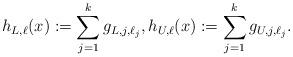
LaTeX: \begin{align*}h_{L,\ell}(x) := \sum_{j=1}^k g_{L,j,\ell_j}, h_{U,\ell}(x) := \sum_{j=1}^k g_{U,j,\ell_j}.\end{align*}